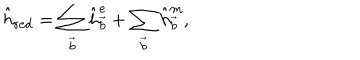
LaTeX: \hat { h } _ { \mathrm { r e d } } = \sum _ { \vec { b } } \hat { h } _ { \vec { b } } ^ { \mathrm { e } } + \sum _ { \vec { b } } \hat { h } _ { \vec { b } } ^ { \mathrm { m } } ,